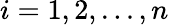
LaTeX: i=1,2,...,n